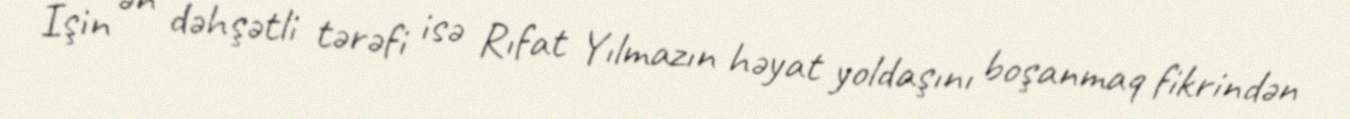
İşin ən dəhşətli tərəfi isə Rıfat Yılmazın həyat yoldaşını boşanmaq fikrindən